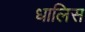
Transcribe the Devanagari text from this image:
धालिस